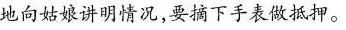
地向姑娘讲明情况，要摘下手表做抵押。